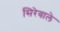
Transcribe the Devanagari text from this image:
सिरेवाले